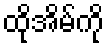
ထိုအိမ်ကို